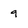
Character: 9